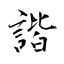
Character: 諧